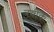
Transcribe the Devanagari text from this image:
त्रयीके